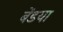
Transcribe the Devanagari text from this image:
बेंडया